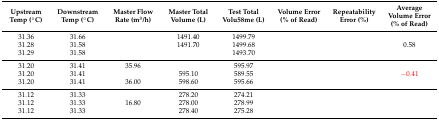
<table><thead><tr><td><b>Upstream Temp (°C)</b></td><td><b>Downstream Temp (°C)</b></td><td><b>Master Flow Rate (m<sup>3</sup>/h)</b></td><td><b>Master Total Volume (L)</b></td><td><b>Test Total Volu58me (L)</b></td><td><b>Volume Error (% of Read)</b></td><td><b>Repeatability Error (%)</b></td><td><b>Average Volume Error (% of Read)</b></td></tr></thead><tbody><tr><td>31.36</td><td>31.66</td><td>[EMPTY_CELL]</td><td>1491.40</td><td>1499.79</td><td>[EMPTY_CELL]</td><td rowspan="3">[EMPTY_CELL]</td><td rowspan="3">0.58</td></tr><tr><td>31.28</td><td>31.58</td><td>[EMPTY_CELL]</td><td>1491.70</td><td>1499.68</td><td>[EMPTY_CELL]</td></tr><tr><td>31.29</td><td>31.58</td><td>[EMPTY_CELL]</td><td>[EMPTY_CELL]</td><td>1493.70</td><td>[EMPTY_CELL]</td></tr><tr><td>31.20</td><td>31.41</td><td>35.96</td><td>[EMPTY_CELL]</td><td>595.97</td><td>[EMPTY_CELL]</td><td rowspan="3">[EMPTY_CELL]</td><td rowspan="3">−0.41</td></tr><tr><td>31.20</td><td>31.41</td><td>[EMPTY_CELL]</td><td>595.10</td><td>589.55</td><td>[EMPTY_CELL]</td></tr><tr><td>31.20</td><td>31.41</td><td>36.00</td><td>598.60</td><td>595.66</td><td>[EMPTY_CELL]</td></tr><tr><td>31.12</td><td>31.33</td><td>[EMPTY_CELL]</td><td>278.20</td><td>274.21</td><td>[EMPTY_CELL]</td><td rowspan="3">[EMPTY_CELL]</td><td rowspan="3">[EMPTY_CELL]</td></tr><tr><td>31.12</td><td>31.33</td><td>16.80</td><td>278.00</td><td>278.99</td><td>[EMPTY_CELL]</td></tr><tr><td>31.12</td><td>31.33</td><td>[EMPTY_CELL]</td><td>278.40</td><td>275.28</td><td>[EMPTY_CELL]</td></tr></tbody></table>